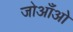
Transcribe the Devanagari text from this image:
जोआँओ